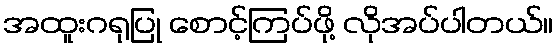
အထူးဂရုပြု စောင့်ကြပ်ဖို့ လိုအပ်ပါတယ်။